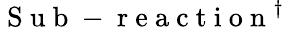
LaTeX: \mathrm{~S~u~b~-~r~e~a~c~t~i~o~n~}^{\dagger}